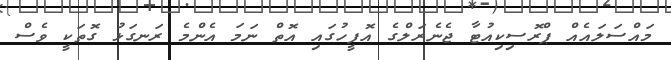
މައްސަލައެއް ޕްރޮސިކިއުޓާ ޖެނެރަލްގެ އޮފީހުގައި އޮތް ނަމަ އެންމެ ރަނގަޅު ގޮތަކީ ވެސް